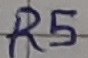
Text: R5